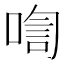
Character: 𪡡